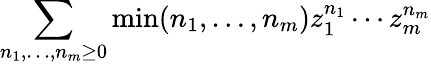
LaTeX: \sum_{n_{1},\ldots,n_{m}\geq 0}\operatorname*{min}(n_{1},\ldots,n_{m})z_{1}^{n_{1}}\cdots z_{m}^{n_{m}}